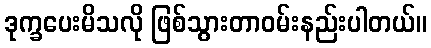
ဒုက္ခပေးမိသလို ဖြစ်သွားတာဝမ်းနည်းပါတယ်။